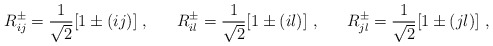
\begin{align*}R^\pm_{ij} = \frac{1}{\sqrt{2}}[1 \pm (ij)] ~, ~~~~~ R^\pm_{il} = \frac{1}{\sqrt{2}}[1 \pm (il)]~, ~~~~~ R^\pm_{jl} = \frac{1}{\sqrt{2}}[1 \pm (jl)]~,\end{align*}